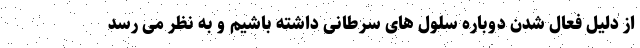
از دلیل فعال شدن دوباره سلول های سرطانی داشته باشیم و به نظر می رسد